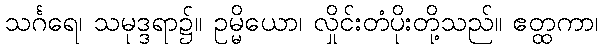
သင်္ဂရေ၊ သမုဒ္ဒရာ၌။ ဥမ္မိယော၊ လှိုင်းတံပိုးတို့သည်။ ဧတ္ထကာ၊